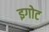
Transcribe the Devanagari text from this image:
इगोट